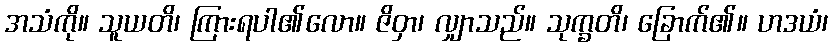
အသံကို။ သူယတိ၊ ကြားရပါ၏လော။ ဇိဝှာ၊ လျှာသည်။ သုက္ခတိ၊ ခြောက်၏။ ဟဒယံ၊